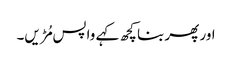
اور پھر بنا کچھ کہے واپس مُڑیں۔